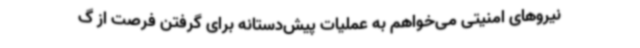
نیروهای امنیتی می‌خواهم به عملیات پیش‌دستانه برای گرفتن فرصت از گ